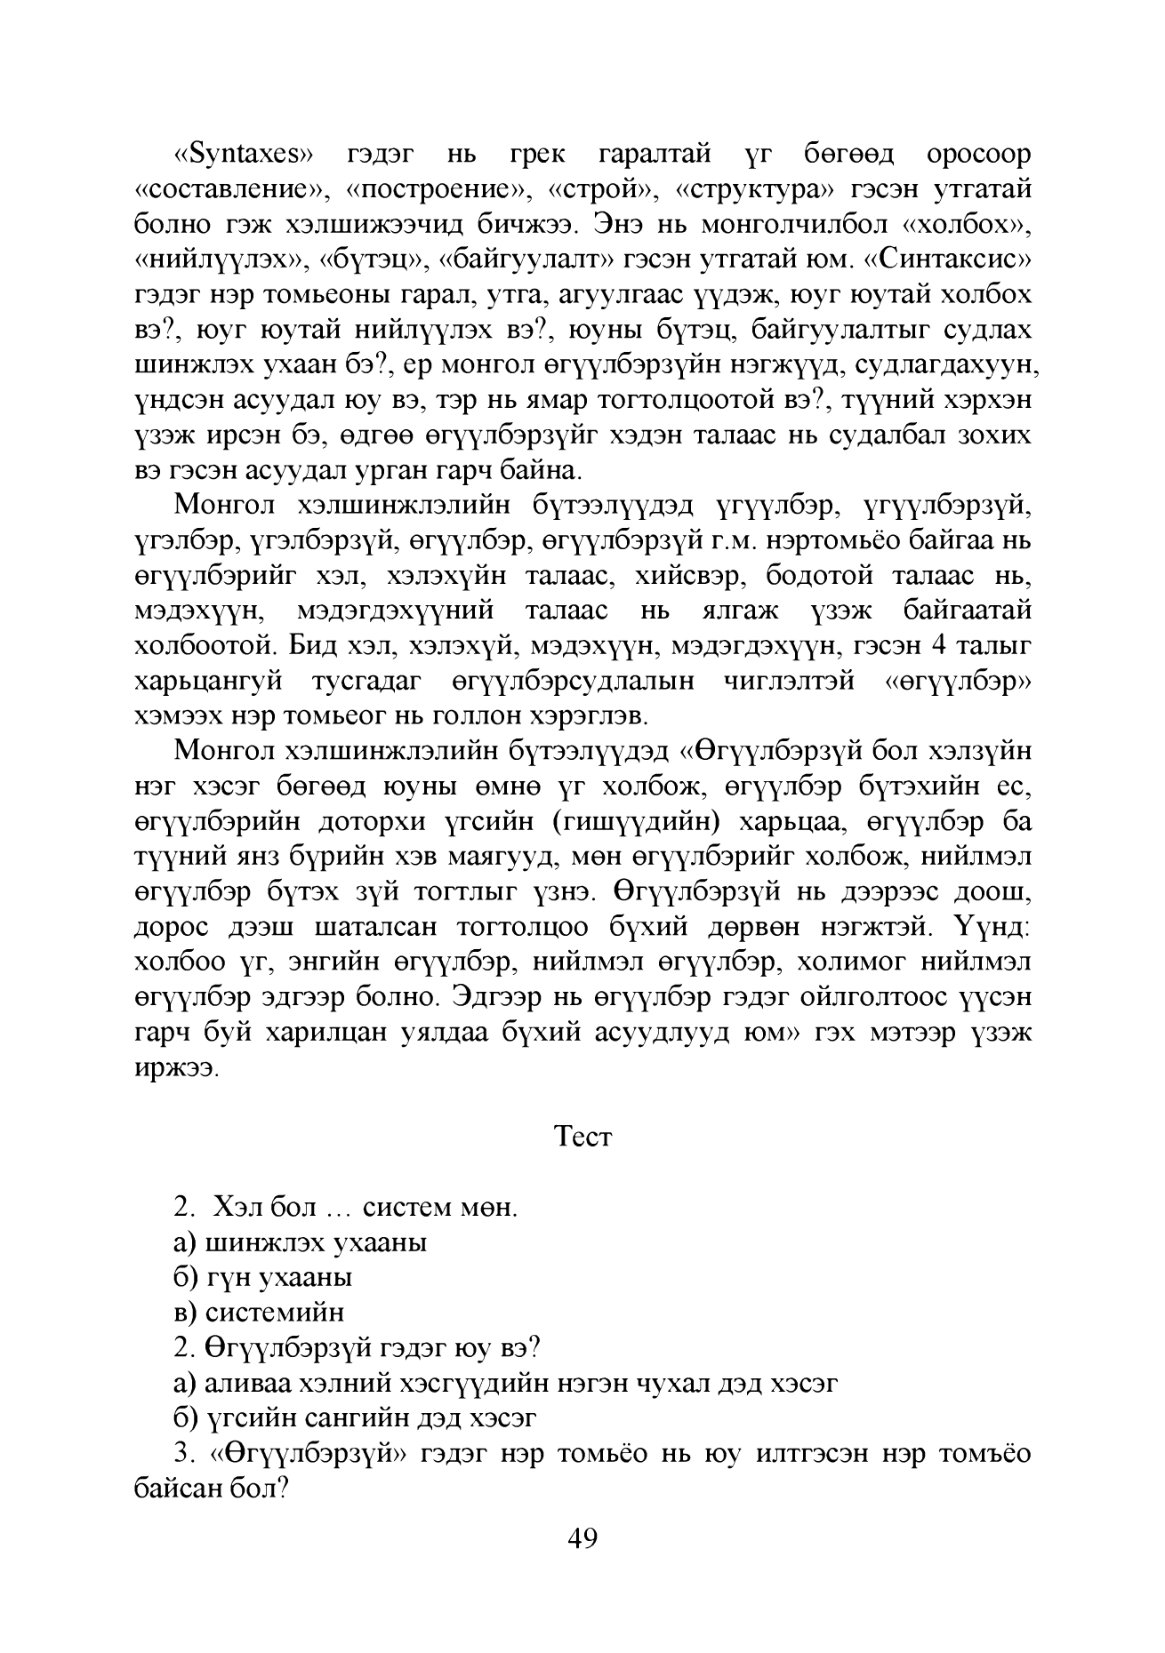
Language: mn